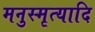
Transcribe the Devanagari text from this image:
मनुस्मृत्यादि